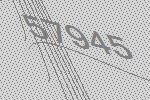
57945